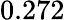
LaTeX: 0.272